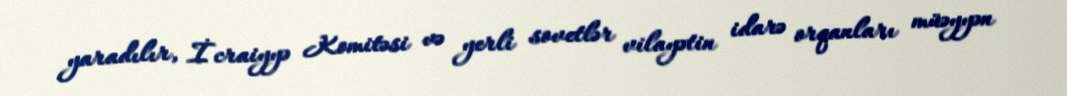
yaradılır, İcraiyyə Komitəsi və yerli sovetlər vilayətin idarə orqanları müəyyən